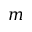
m